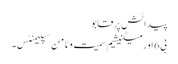
پیدائش پر قابو
بی 6 اور میگنیشیم سمیت وٹامن سپلیمنٹس۔